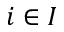
i \in I